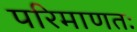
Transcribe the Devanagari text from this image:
परिमाणतः